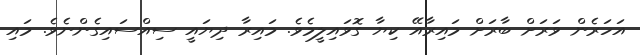
އަހަރެން ވަރަށް ބާރަށް މައިރާއޭ ކިޔާ ގޮވައިލީމެވެ. މައިރާ ދިޔައީ ސިއްސައިގެންނެވެ. މައި